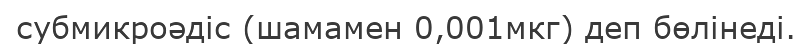
субмикроәдіс (шамамен 0,001мкг) деп бөлінеді.